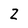
Character: 2